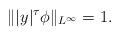
LaTeX: \begin{align*}\||y|^{\tau} \phi\|_{L^\infty} = 1.\end{align*}